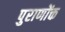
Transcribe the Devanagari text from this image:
पुराणोंक्त